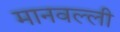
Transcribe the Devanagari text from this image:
मानवल्ली